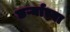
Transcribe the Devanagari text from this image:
छर्ऱ्याच्या